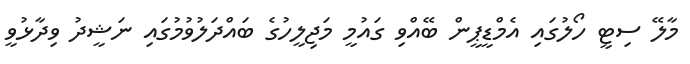
މާލޭ ސިޓީ ހޯލުގައި އެމްޑީޕީން ބޭއްވި ގައުމީ މަޖިލީހުގެ ބައްދަލުވުމުގައި ނަޝީދު ވިދާޅުވީ